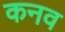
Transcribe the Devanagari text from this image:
कनव